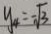
y _ { 4 } = - \sqrt { 3 }